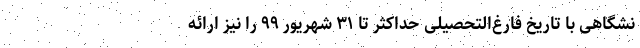
نشگاهی با تاریخ فارغ‌التحصیلی حداکثر تا ۳۱ شهریور ۹۹ را نیز ارائه